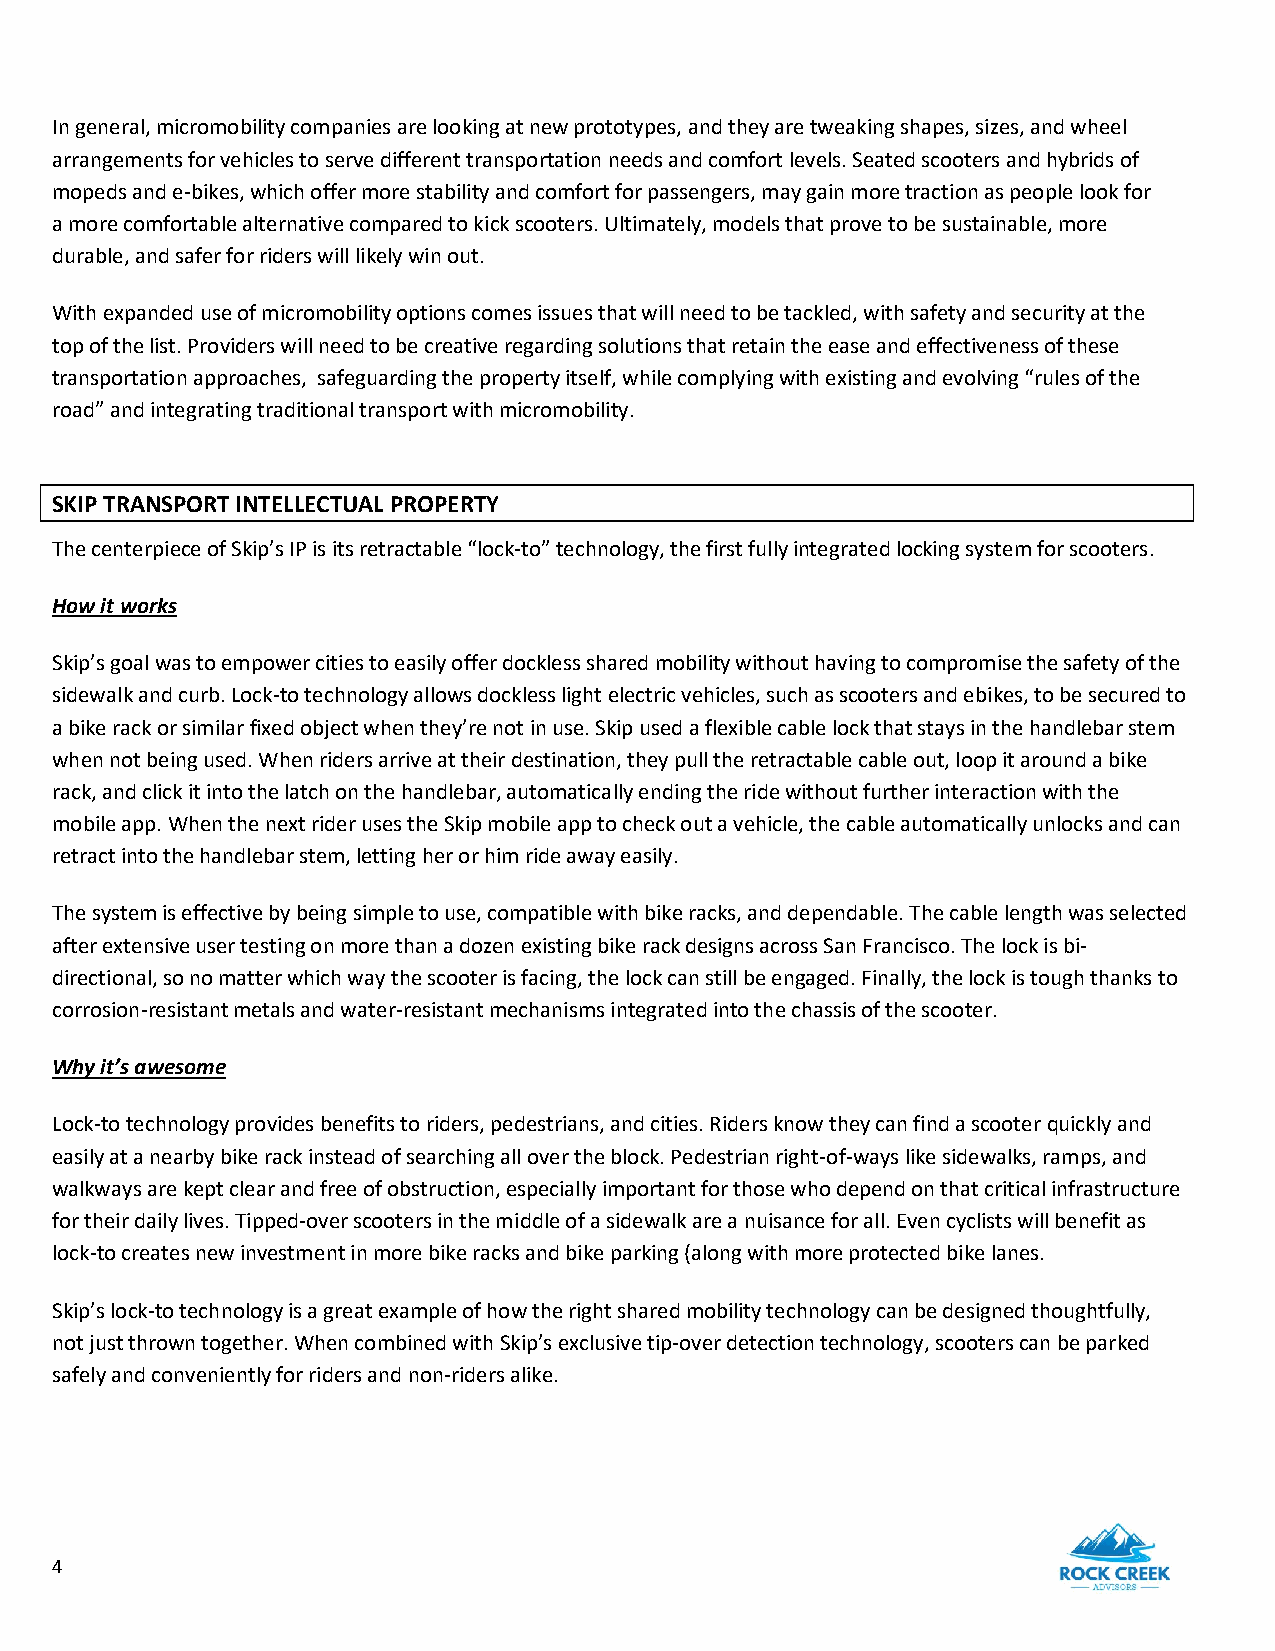
In general, micromobility companies are looking at new prototypes, and they are tweaking shapes, sizes, and wheel
 arrangements for vehicles to serve different transportation needs and comfort levels. Seated scooters and hybrids of
 mopeds and e-bikes, which offer more stability and comfort for passengers, may gain more traction as people look for
 a more comfortable alternative compared to kick scooters. Ultimately, models that prove to be sustainable, more
 durable, and safer for riders will likely win out.
 With expanded use of micromobility options comes issues that will need to be tackled, with safety and security at the
 top of the list. Providers will need to be creative regarding solutions that retain the ease and effectiveness of these
 transportation approaches, safeguarding the property itself, while complying with existing and evolving “rules of the
 road” and integrating traditional transport with micromobility.
 SKIP TRANSPORT INTELLECTUAL PROPERTY
 The centerpiece of Skip’s IP is its retractable “lock-to” technology, the first fully integrated locking system for scooters.
 How it works
 Skip’s goal was to empower cities to easily offer dockless shared mobility without having to compromise the safety of the
 sidewalk and curb. Lock-to technology allows dockless light electric vehicles, such as scooters and ebikes, to be secured to
 a bike rack or similar fixed object when they’re not in use. Skip used a flexible cable lock that stays in the handlebar stem
 when not being used. When riders arrive at their destination, they pull the retractable cable out, loop it around a bike
 rack, and click it into the latch on the handlebar, automatically ending the ride without further interaction with the
 mobile app. When the next rider uses the Skip mobile app to check out a vehicle, the cable automatically unlocks and can
 retract into the handlebar stem, letting her or him ride away easily.
 The system is effective by being simple to use, compatible with bike racks, and dependable. The cable length was selected
 after extensive user testing on more than a dozen existing bike rack designs across San Francisco. The lock is bi-
 directional, so no matter which way the scooter is facing, the lock can still be engaged. Finally, the lock is tough thanks to
 corrosion-resistant metals and water-resistant mechanisms integrated into the chassis of the scooter.
 Why it’s awesome
 Lock-to technology provides benefits to riders, pedestrians, and cities. Riders know they can find a scooter quickly and
 easily at a nearby bike rack instead of searching all over the block. Pedestrian right-of-ways like sidewalks, ramps, and
 walkways are kept clear and free of obstruction, especially important for those who depend on that critical infrastructure
 for their daily lives. Tipped-over scooters in the middle of a sidewalk are a nuisance for all. Even cyclists will benefit as
 lock-to creates new investment in more bike racks and bike parking (along with more protected bike lanes.
 Skip’s lock-to technology is a great example of how the right shared mobility technology can be designed thoughtfully,
 not just thrown together. When combined with Skip’s exclusive tip-over detection technology, scooters can be parked
 safely and conveniently for riders and non-riders alike.
 4